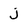
Character: j